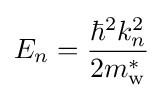
E_{n}={\frac {\hbar ^{2}k_{n}^{2}}{2m_{\text{w}}^{*}}}